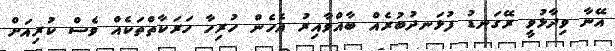
އޭނާ ވިދާޅުވީ ރޭގަނޑު ފުޅަނދުބުރެއް ބާއްވާއިރު އެހެން ހުރިހާ ހަރަކާތްތަކެއް ވެސް ކުރިއަށް